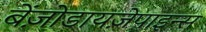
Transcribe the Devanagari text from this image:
बेंज़ोडायज़ेपाइन्स